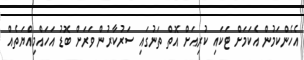
އެހެންކަމުން އެކަމަށް ޓަކައި ކުރިއަށް އޮތް ތަނުގައި ސަރުކާރުން ވަރަށް ބޮޑު އަހައްމިއްޔަތެއް